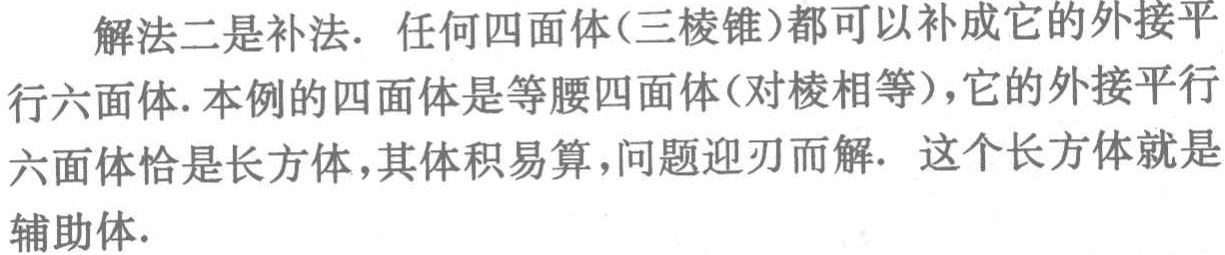
解法二是补法. 任何四面体(三棱锥)都可以补成它的外接平行六面体. 本例的四面体是等腰四面体(对棱相等)，它的外接平行六面体恰是长方体，其体积易算，问题迎刃而解. 这个长方体就是辅助体.